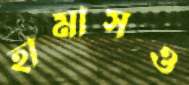
হামাসও